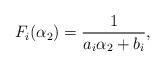
LaTeX: \begin{align*}F_{i}(\alpha_{2})=\frac{1}{a_{i}\alpha_{2}+b_{i}},\end{align*}